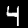
Digit: 4